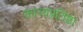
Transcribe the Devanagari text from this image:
काव्यप्रतिष्ठा